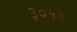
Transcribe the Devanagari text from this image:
३०१९